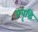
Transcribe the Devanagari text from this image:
प्रवृद्धि